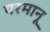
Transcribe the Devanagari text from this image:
परमानू